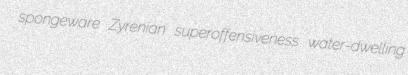
spongeware Zyrenian superoffensiveness water-dwelling